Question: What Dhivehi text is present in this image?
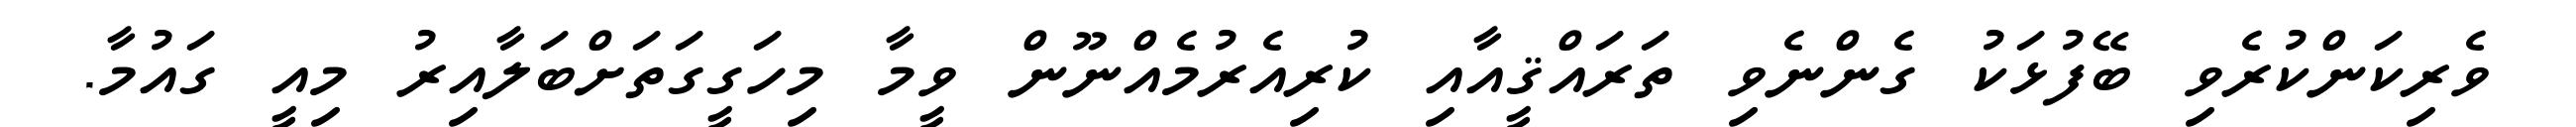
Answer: ވެރިކަންކުރެވި ބޭފުޅަކު ގެންނެވި ތަރައްޤީއާއި ކުރިއެރުމެއްނޫން ވީމާ މިހަގީގަތަށްބަލާއިރު މިއީ ގައުމާ.